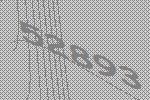
52893